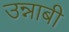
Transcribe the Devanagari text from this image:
उन्नाबी